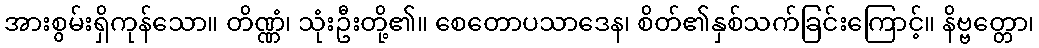
အားစွမ်းရှိကုန်သော။ တိဏ္ဏံ၊ သုံးဦးတို့၏။ စေတောပသာဒေန၊ စိတ်၏နှစ်သက်ခြင်းကြောင့်။ နိဗ္ဗတ္တော၊